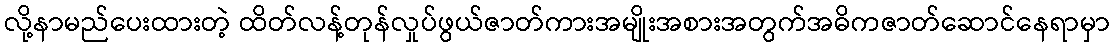
လို့နာမည်ပေးထားတဲ့ ထိတ်လန့်တုန်လှုပ်ဖွယ်ဇာတ်ကားအမျိုးအစားအတွက်အဓိကဇာတ်ဆောင်နေရာမှာ